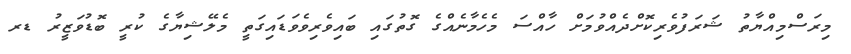
މިރަސްމިއްޔާތު ޝަރަފުވެރިކޮށްދެއްވުމަށް ހާއްސަ މެހެމާނެއްގެ ގޮތުގައި ބައިވެރިވެވަޑައިގަތީ މެލޭޝިޔާގެ ކުރީ ބޮޑުވަޒީރު ޑރ